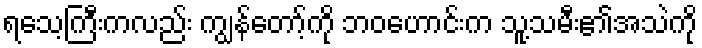
ရသေ့ကြီးကလည်း ကျွန်တော့်ကို ဘဝဟောင်းက သူ့သမီး၏အသဲကို